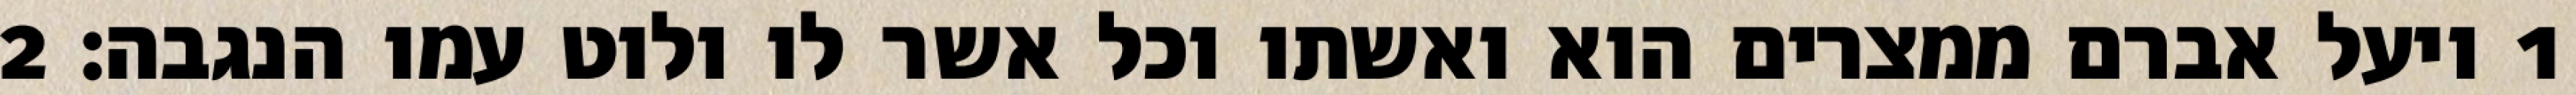
1 ויעל אברם ממצרים הוא ואשתו וכל אשר לו ולוט עמו הנגבה׃ ‎2‏